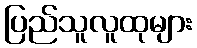
ပြည်သူလူထုများ